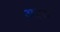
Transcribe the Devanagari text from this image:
अहरा